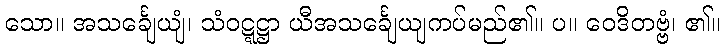
သော။ အသင်္ချေယျံ၊ သံဝဋ္ဋဋ္ဌာ ယီအသင်္ချေယျကပ်မည်၏။ ပ။ ဝေဒိတဗ္ဗံ၊ ၏။